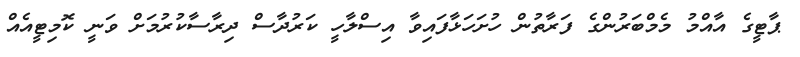
ޕާޓީގެ އާއްމު މެމްބަރުންގެ ފަރާތުން ހުށަހަޅާފައިވާ އިސްލާހީ ކަރުދާސް ދިރާސާކުރުމަށް ވަނީ ކޮމިޓީއެއް